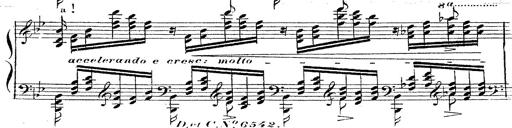
Title: 12 Lieder von Franz Schubert
Composer: Franz Liszt